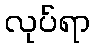
လုပ်ရာ